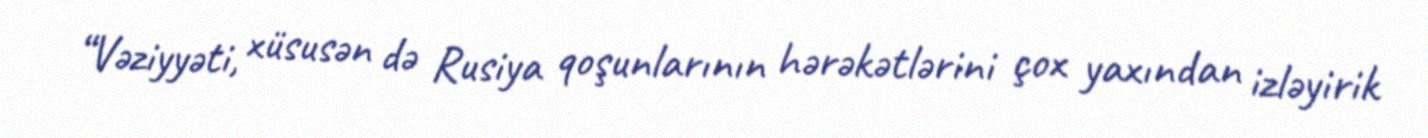
“Vəziyyəti, xüsusən də Rusiya qoşunlarının hərəkətlərini çox yaxından izləyirik